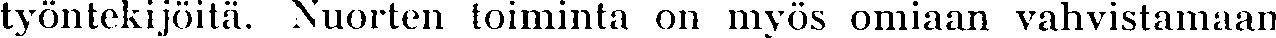
työntekijöitä. Nuorten toiminta on myös omiaan vahvistamaan